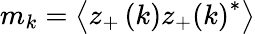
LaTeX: m_{k}=\left\langle z_{+}\left(k\right)z_{+}\left(k\right)^{*}\right\rangle